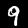
Label: 9